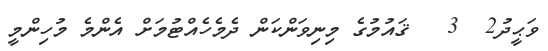
ވަޙީދު2  3   ޤައުމުގެ މިނިވަންކަން ދެމެހެއްޓުމަށް އެންމެ މުހިންމީ